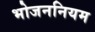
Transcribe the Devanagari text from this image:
भोजननियम